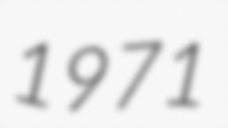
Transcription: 1971